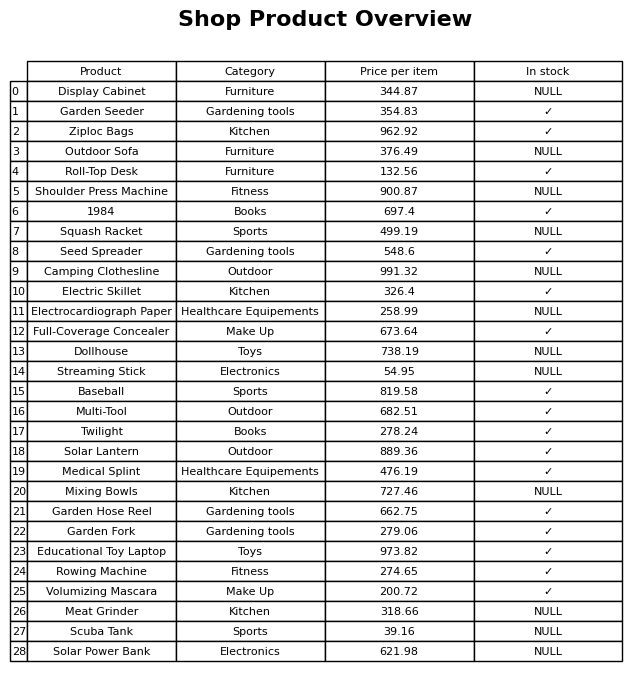
question: Which products are currently out of stock?
answer: Display Cabinet, Outdoor Sofa, Shoulder Press Machine, Squash Racket, Camping Clothesline, Electrocardiograph Paper, Dollhouse, Streaming Stick, Mixing Bowls, Meat Grinder, Scuba Tank, Solar Power Bank